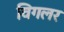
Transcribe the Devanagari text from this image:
विगलर